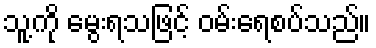
သူ့ကို မွေးရသဖြင့် ဝမ်းရေစပ်သည်။